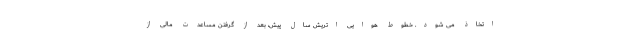
اتخاذ می شود. خطوط هوایی اتریش سال پیش، بعد از گرفتن مساعدت مالی از